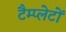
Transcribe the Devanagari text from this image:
टैम्प्लेटों